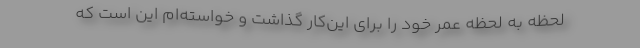
لحظه به لحظه عمر خود را برای این‌کار گذاشت و خواسته‌ام این است که